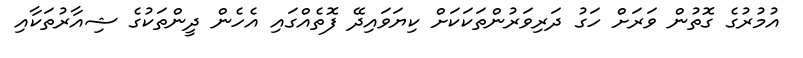
އުމުރުގެ ގޮތުން ވަރަށް ހަގު ދަރިވަރުންތަކަކަށް ކިޔަވައިދޭ ފޮތެއްގައި އެހެން ދީންތަކުގެ ޝިއާރުތަކާއި